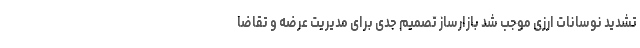
تشدید نوسانات ارزی موجب شد بازارساز تصمیم جدی برای مدیریت عرضه و تقاضا